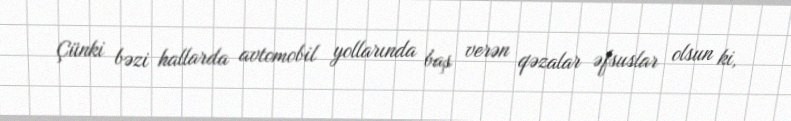
Çünki bəzi hallarda avtomobil yollarında baş verən qəzalar əfsuslar olsun ki,